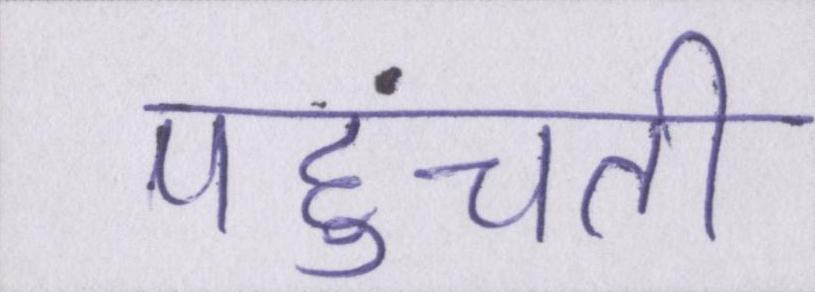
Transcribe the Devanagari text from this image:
पहुंचती